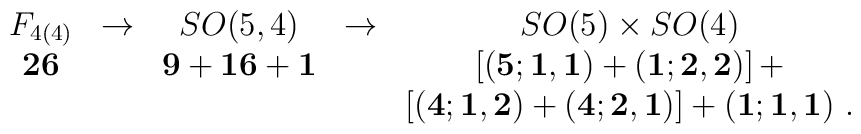
\begin{array}{ccccc}  F_{4(4)} & \rightarrow & SO(5,4) & \rightarrow &         SO(5)\times SO(4) \\  {\bf 26} &  & {\bf 9}+{\bf 16}+{\bf 1}& &    [({\bf 5};{\bf 1},{\bf 1})+({\bf 1};{\bf 2},{\bf 2})]\,+ \\	& & & &   [({\bf 4};{\bf 1},{\bf 2})+({\bf 4};{\bf 2},{\bf 1})]+   ({\bf 1};{\bf 1},{\bf 1})\ .  \\\end{array}